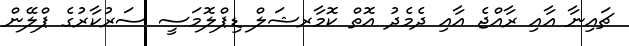
ޗައިނާ އާއި ރާއްޖެ އާއި ދެމެދު އޮތް ކޮމާރޝަލް ޑިޕްލޮމަސީ ސަރުކާރުގެ ޕްލޭން